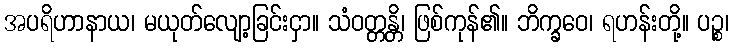
အပရိဟာနာယ၊ မယုတ်လျော့ခြင်းငှာ။ သံဝတ္တန္တိ၊ ဖြစ်ကုန်၏။ ဘိက္ခဝေ၊ ရဟန်းတို့။ ပဉ္စ၊